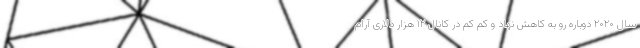
سال ۲۰۲۰ دوباره رو به کاهش نهاد و کم کم در کانال ۱۲ هزار دلاری آرام